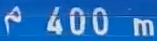
400m